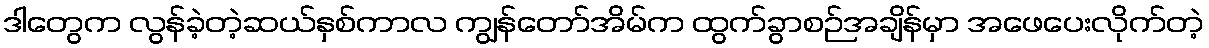
ဒါတွေက လွန်ခဲ့တဲ့ဆယ်နှစ်ကာလ ကျွန်တော်အိမ်က ထွက်ခွာစဉ်အချိန်မှာ အဖေပေးလိုက်တဲ့